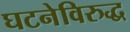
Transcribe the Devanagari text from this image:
घटनेविरुद्ध